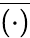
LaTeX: \overline{{(\cdot)}}